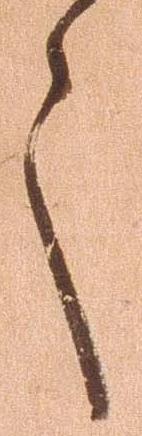
々